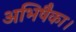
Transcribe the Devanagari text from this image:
अभिषैका।